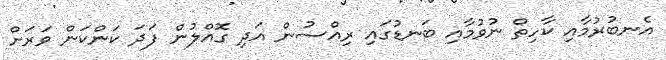
އެނބުރުމާއި ކާހިތް ނުވުމާއި ބަނޑުގައި ރިއްސުން އަދި ގޮއްލުން ފަދަ ކަންކަން ވަރަށް